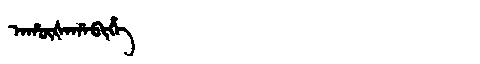
Manchu: ᠠᡥᡡᡧᠠᡥᠠᠪᡳᡥᡝ
Romanization: AHŪŠAHABIHE